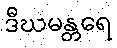
ဒီဃမန္တရေ